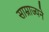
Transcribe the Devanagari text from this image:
साम्राज्यने